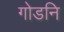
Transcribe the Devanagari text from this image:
गोडनि